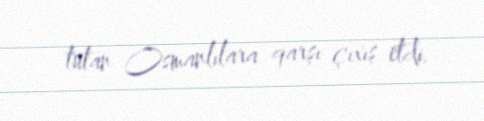
tutan Osmanlılara qarşı çıxış etdi.